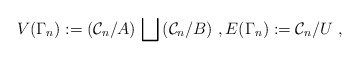
\begin{align*}V(\Gamma_{n}) := (\mathcal{C}_n/A)\,\bigsqcup\,(\mathcal{C}_n/B) \ ,E(\Gamma_{n}) := \mathcal{C}_n/U \ ,\end{align*}